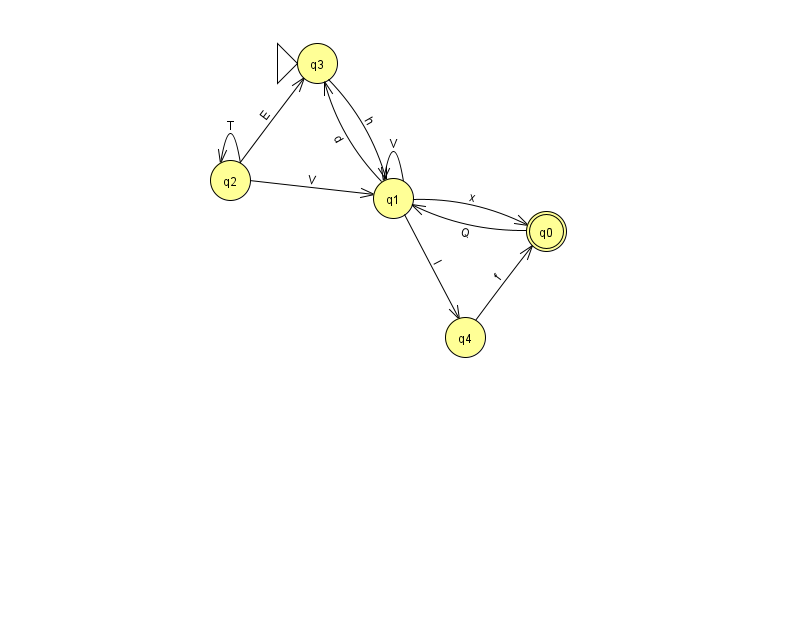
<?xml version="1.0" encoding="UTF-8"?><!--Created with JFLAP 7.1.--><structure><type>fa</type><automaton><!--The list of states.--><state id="0" name="q0"><x>546.0</x><y>218.0</y><final/></state><state id="1" name="q1"><x>393.0</x><y>185.0</y></state><state id="2" name="q2"><x>230.0</x><y>167.0</y></state><state id="3" name="q3"><x>317.0</x><y>50.0</y><initial/></state><state id="4" name="q4"><x>465.0</x><y>324.0</y></state><!--The list of transitions.--><transition><from>1</from><to>4</to><read>I</read></transition><transition><from>3</from><to>1</to><read>h</read></transition><transition><from>4</from><to>0</to><read>f</read></transition><transition><from>2</from><to>1</to><read>V</read></transition><transition><from>2</from><to>2</to><read>T</read></transition><transition><from>1</from><to>0</to><read>x</read></transition><transition><from>1</from><to>1</to><read>V</read></transition><transition><from>0</from><to>1</to><read>Q</read></transition><transition><from>2</from><to>3</to><read>E</read></transition><transition><from>1</from><to>3</to><read>d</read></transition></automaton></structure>